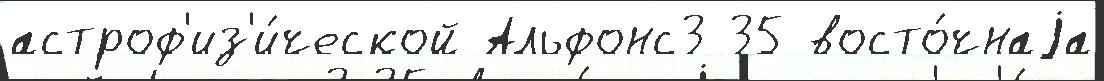
астроф'из'и́ческой Альфонс3 35 восто́чнаjа